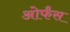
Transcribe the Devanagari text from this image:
ओर्फंस